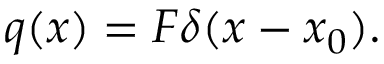
q ( x ) = F \delta ( x - x _ { 0 } ) .